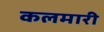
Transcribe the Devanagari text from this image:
कलमारी